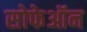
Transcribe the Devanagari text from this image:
सोफेऑन